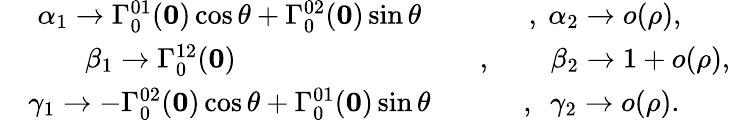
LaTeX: \begin{array}{ccc}{{}}&{{\alpha_{1}\to\Gamma_{0}^{01}({\mathbf 0})\cos\theta+\Gamma_{0}^{02}({\mathbf 0})\sin\theta}}&{{\ \ \ ,\ \alpha_{2}\to o(\rho),}}\\ {{}}&{{\beta_{1}\to\Gamma_{0}^{12}({\mathbf 0})\phantom{\cos\theta+c_{2}si}}}&{{\ \ \ ,\ \ \ \ \phantom{aa}\beta_{2}\to 1+o(\rho),}}\\ {{}}&{{\gamma_{1}\to-\Gamma_{0}^{02}({\mathbf 0})\cos\theta+\Gamma_{0}^{01}({\mathbf 0})\sin\theta}}&{{\ \ ,\ \ \gamma_{2}\to o(\rho).}}\end{array}